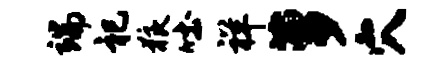
端祀狼吐祥萝穴